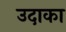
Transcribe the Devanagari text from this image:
उदाका